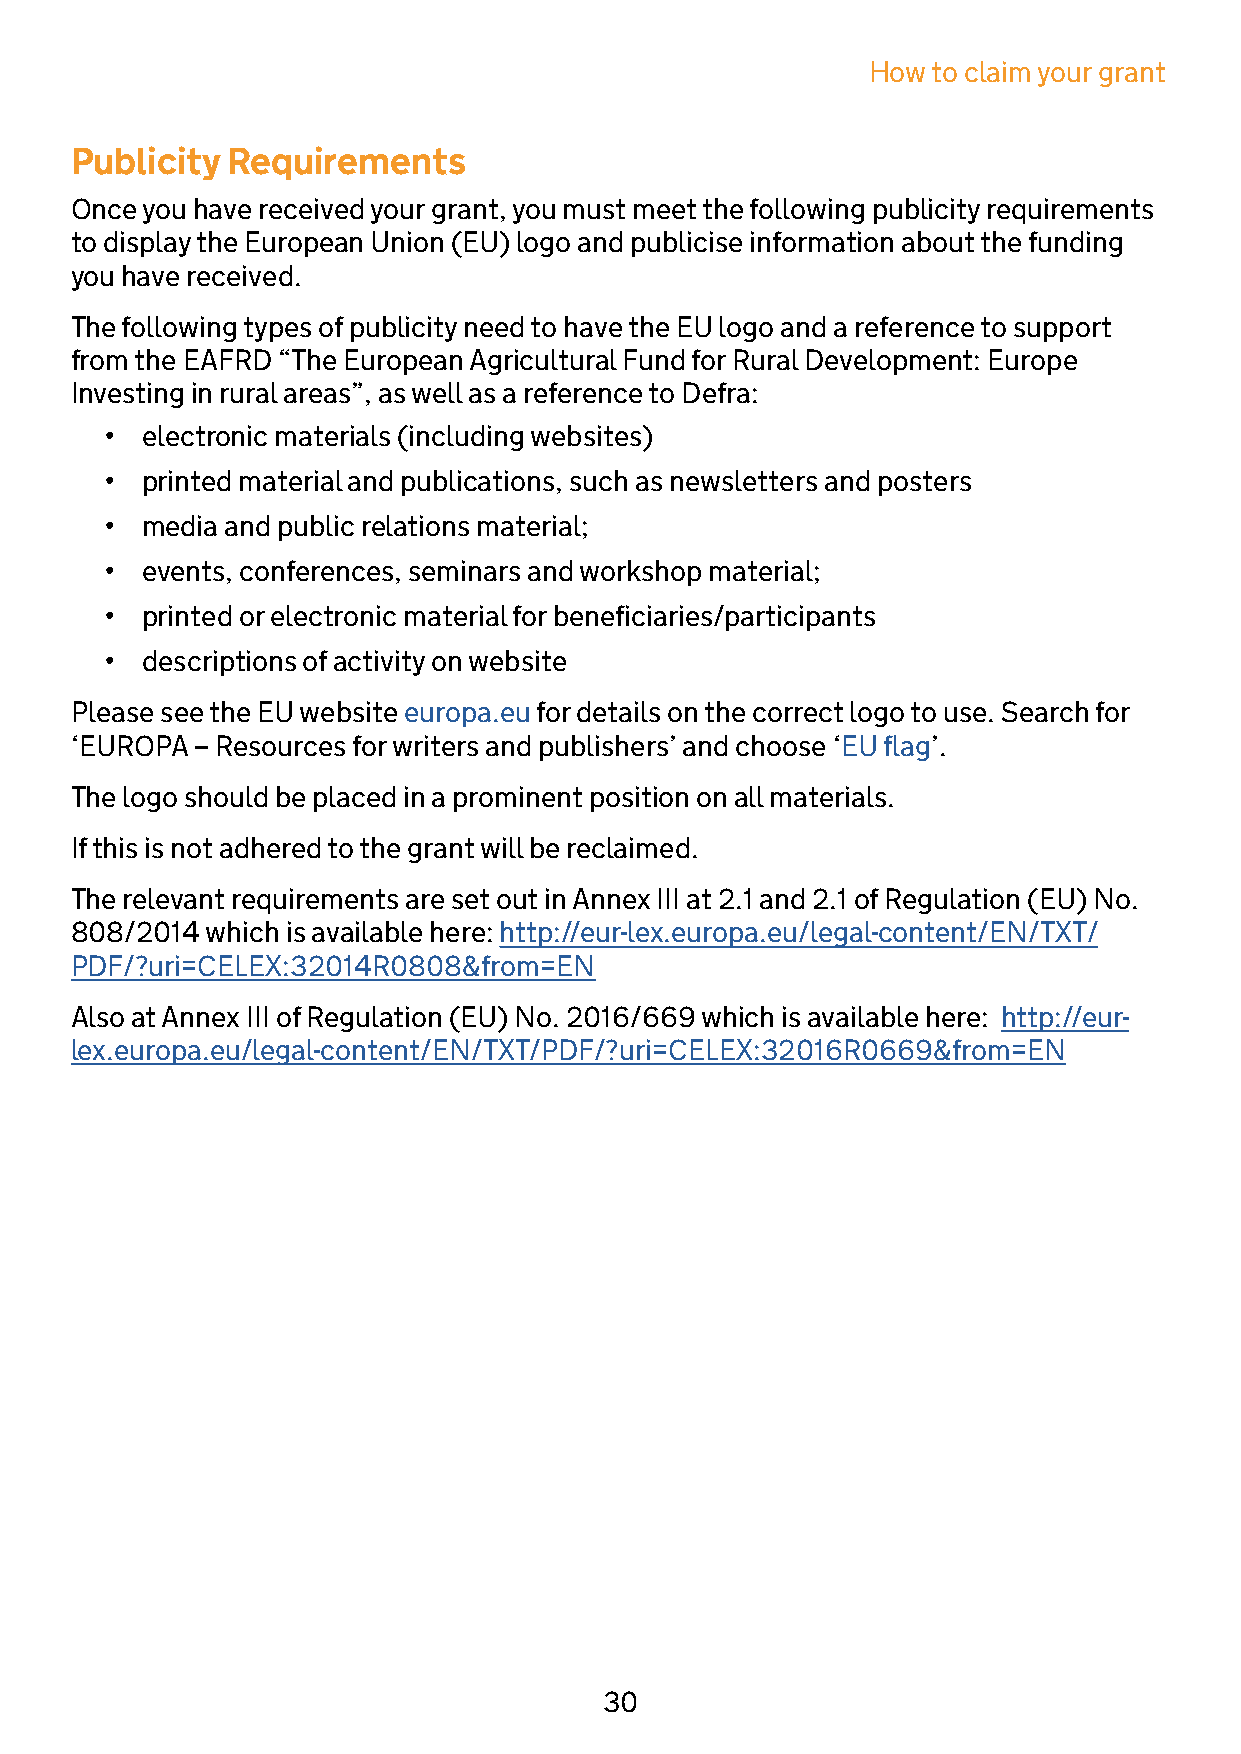
How  to claim your grant
 Publicity Requirements
 Once you have received your grant, you must meet the following publicity requirements
 to display the European Union (EU) logo and publicise information about the funding
 you have received.
 The following types of publicity need to have the EU logo and a reference to support
 from the EAFRD “The European Agricultural Fund for Rural Development: Europe
 Investing in rural areas”, as well as a reference to Defra:
 • electronic materials (including websites)
 • printed material and publications, such as newsletters and posters
 • media and public relations material;
 • events, conferences, seminars and workshop material;
 • printed or electronic material for beneficiaries/participants
 • descriptions of activity on website
 Please see the EU website europa.eu for details on the correct logo to use. Search for
 ‘EUROPA – Resources for writers and publishers’ and choose ‘EU flag’.
 The logo should be placed in a prominent position on all materials.
 If this is not adhered to the grant will be reclaimed.
 The relevant requirements are set out in Annex III at 2.1 and 2.1 of Regulation (EU) No.
 808/2014 which is available here: http://eur-lex.europa.eu/legal-content/EN/TXT/
 PDF/?uri=CELEX:32014R0808&from=EN
 Also at Annex III of Regulation (EU) No. 2016/669 which is available here: http://eur-
 lex.europa.eu/legal-content/EN/TXT/PDF/?uri=CELEX:32016R0669&from=EN
 30